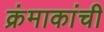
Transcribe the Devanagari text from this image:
क्रंमाकांची